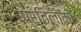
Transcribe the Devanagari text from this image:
प्रतिलोमों